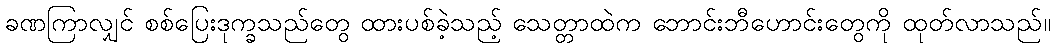
ခဏကြာလျှင် စစ်ပြေးဒုက္ခသည်တွေ ထားပစ်ခဲ့သည့် သေတ္တာထဲက ဘောင်းဘီဟောင်းတွေကို ထုတ်လာသည်။